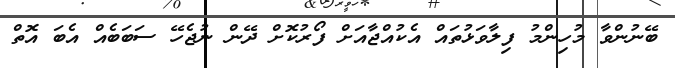
ބޭނުންވާ މުހިންމު ފިލާވަޅުތައް އެކުއްޖާއަށް ފޯރުކޮށް ދޭން ނުޖެހޭ ސަބަބެއް އެބަ އޮތް